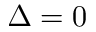
\Delta = 0